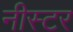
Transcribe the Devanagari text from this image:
नीस्टर